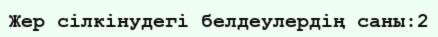
Жер сілкінудегі белдеулердің саны:2